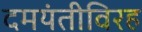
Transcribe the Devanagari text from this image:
दमयंतीविरह